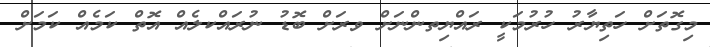
މިގޮތަށް ހަތިޔާރު ހުރުމަކީ ރައްޔިތންނަށް ވރަށް ބޮޑު ނުރައްކލެއް އޮތް ކަމެއް ކަމަށް